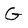
Character: G